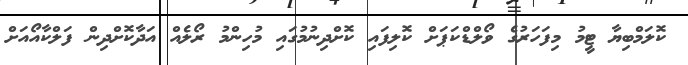
ކޮލަމްބިޔާ ޓީމު މިފަހަރުގެ ވޯލްޑްކަޕަށް ކޮލިފައި ކޮށްދިނުމުގައި މުހިންމު ރޯލެއް އަދާކޮށްދިން ފަލްކާއޯއަށް